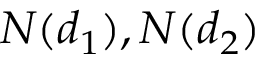
N ( d _ { 1 } ) , N ( d _ { 2 } )